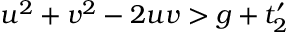
u ^ { 2 } + v ^ { 2 } - 2 u v > g + t _ { 2 } ^ { \prime }